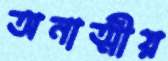
অনাত্মীয়